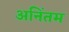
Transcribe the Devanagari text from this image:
अनिंतम